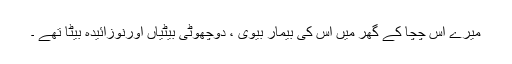
میرے اس چچا کے گھر میں اس کی بیمار بیوی ، دوچھوٹی بیٹیاں اورنوزائیدہ بیٹا تھے ۔